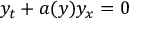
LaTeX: y _ { t } + a ( y ) y _ { x } = 0